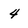
Character: 4